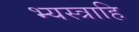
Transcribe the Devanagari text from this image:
भ्यस्त्राहि